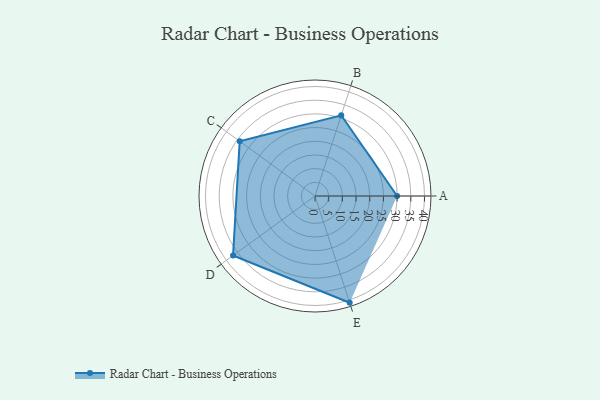
{"axis": {"x": "Skill", "y": "Score"}, "legend": ["Profile"], "data": [{"x": "A", "y": 30.0, "type": "Profile"}, {"x": "B", "y": 31.0, "type": "Profile"}, {"x": "C", "y": 34.0, "type": "Profile"}, {"x": "D", "y": 37.0, "type": "Profile"}, {"x": "E", "y": 41.0, "type": "Profile"}]}